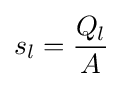
s_{l}={\frac {Q_{l}}{A}}